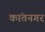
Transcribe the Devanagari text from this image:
कांतनगर